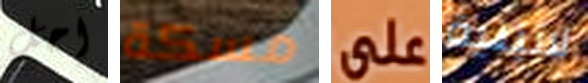
احل مسكة على لاتينية